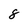
Character: 8